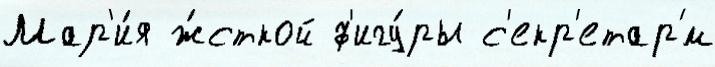
Мар'и́я ж́сткой ф'игу́ры с'екр'етар'́м